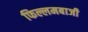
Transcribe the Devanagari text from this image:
फिल्लमबाजी